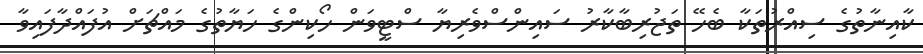
ކާއިނާތުގެ ސިއްރުތަކާ ބެހޭ ތަޖުރިބާކާރު ސައިންސްވެރިޔާ ސްޓީވަން ހޯކިންގެ ހަޔާތުގެ މައްޗަށް އުފައްދާފައިވާ